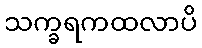
သက္ခရကထလာပိ